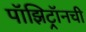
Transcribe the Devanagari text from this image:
पॉझिट्रॉनची